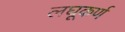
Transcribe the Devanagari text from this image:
लघूकर्ण